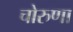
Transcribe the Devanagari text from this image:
चोरुणा